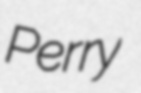
Perry